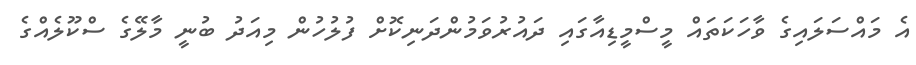
އެ މައްސަލައިގެ ވާހަކަތައް މީސްމީޑިއާގައި ދައުރުވަމުންދަނިކޮށް ފުލުހުން މިއަދު ބުނީ މާލޭގެ ސްކޫލެއްގެ